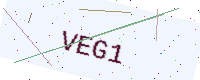
Text: VEG1